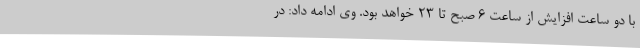
با دو ساعت افزایش از ساعت 6 صبح تا 23 خواهد بود. وی ادامه داد: در